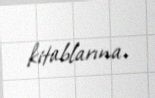
kitablarına.